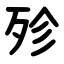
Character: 殄